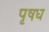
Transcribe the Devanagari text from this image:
पृषध